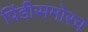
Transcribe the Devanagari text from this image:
पिंडीसमोरच